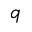
q